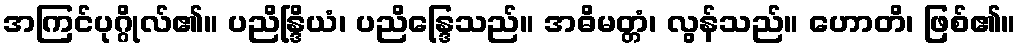
အကြင်ပုဂ္ဂိုလ်၏။ ပညိန္ဒြိယံ၊ ပညိန္ဒြေသည်။ အဓိမတ္တံ၊ လွန်သည်။ ဟောတိ၊ ဖြစ်၏။